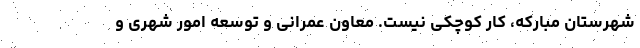
شهرستان مبارکه، کار کوچکی نیست. معاون عمرانی و توسعه امور شهری و